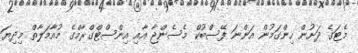
މެޓަގެ ދަށުން ހިންގަމުން އަންނަ ފޭސްބުކް މެސެންޖާ އާއި އިންސްޓްގްރާމްގެ މުއާމަލާތް މިދިޔަ